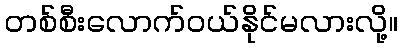
တစ်စီးလောက်ဝယ်နိုင်မလားလို့။